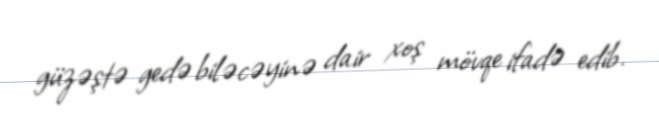
güzəştə gedə biləcəyinə dair xoş mövqe ifadə edib.